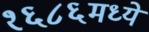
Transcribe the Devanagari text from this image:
१६८६मध्ये